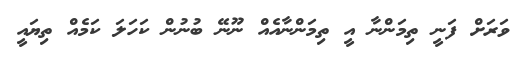
ވަރަށް ފަނީ ތިމަންނާ އީ ތިމަންނާއެއް ނޫނޭ ބުނުން ކަހަލަ ކަމެއް ތިޔައީ